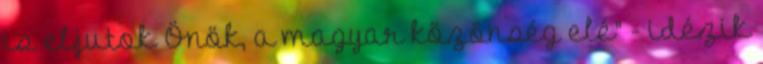
is eljutok Önök, a magyar közönség elé" - idézik